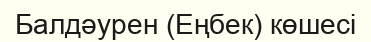
Балдәурен (Еңбек) көшесі